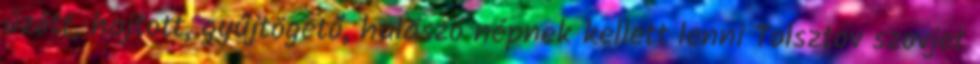
űzött, hajtott, gyűjtögető, halászó népnek kellett lenni Tolsztov szovjet